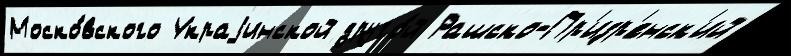
Моско́вского Украjинской друго́й Рашско-Пр'изр'енск'ий